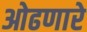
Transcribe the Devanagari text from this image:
ओढणारे